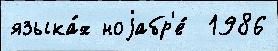
языка́х ноjабр'е́  1986